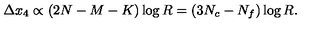
\Delta x _ { 4 } \propto ( 2 N - M - K ) \log R = ( 3 N _ { c } - N _ { f } ) \log R .